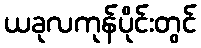
ယခုလကုန်ပိုင်းတွင်